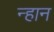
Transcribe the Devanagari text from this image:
न्हान